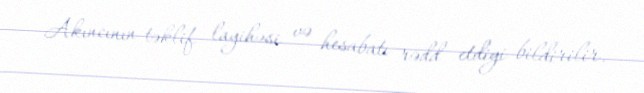
Akıncının təklif layihəsi və hesabatı rədd etdiyi bildirilir.